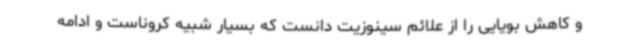
و کاهش بویایی را از علائم سینوزیت دانست که بسیار شبیه کروناست و ادامه